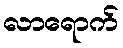
လာရောက်